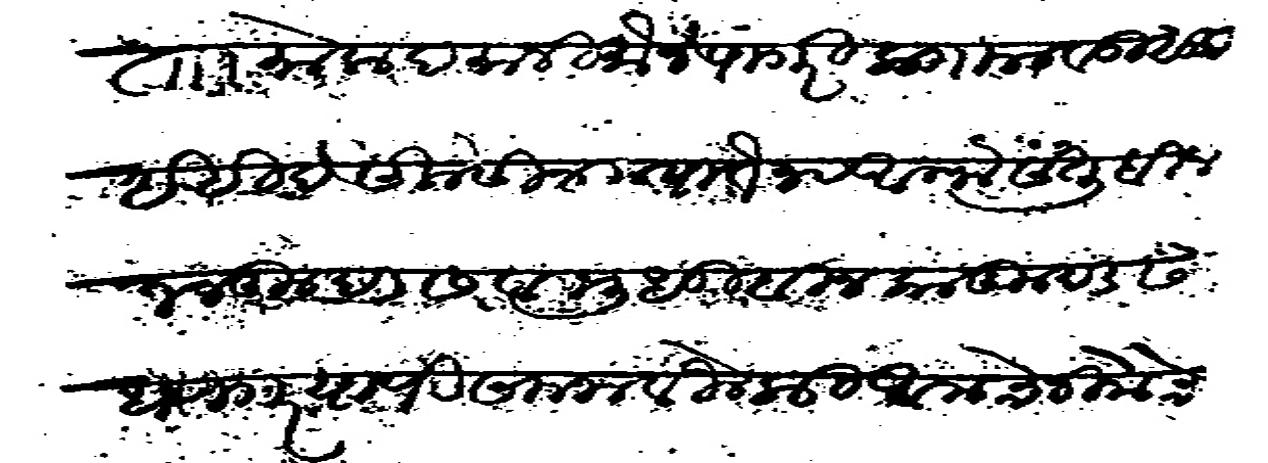
Transliteration (Devanagari): तालुका मोकदमानी मौजे पांगरी कसबे मावड़ी सु ईहीदे सिलासीन मयातैन व अलफ संतू बीन जनकू दडस व मुधु बीन काकू दडस धणगर याणी समजावीले की आमचे नीमेचे